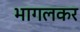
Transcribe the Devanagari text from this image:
भागलकर